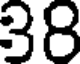
38